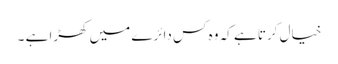
خیال کرتا ہے کہ وہ کس دائرے میں کھڑا ہے ۔